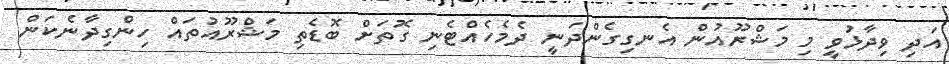
އަދި ވިދާޅުވީ މި މަޝްރޫއުން އެނގިގެންދަނީ ދެމެހެއްޓެނި ގޮތަށް ބޮޑެތި މަޝްރޫއުތައް ހިންގިދާނެކަން